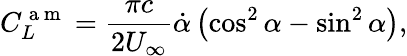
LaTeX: C_{L}^{\mathrm{~a~m~}}=\frac{\pi c}{2U_{\infty}}\dot{\alpha}\left(\cos^{2}\alpha-\sin^{2}\alpha\right),